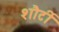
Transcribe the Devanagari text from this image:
शौर्टी